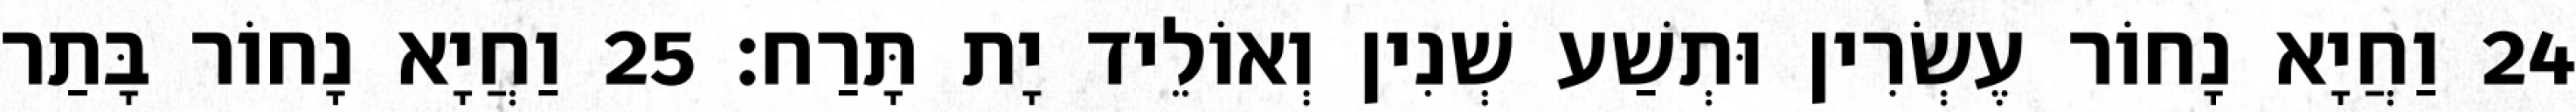
24 וַחֲיָא נָחוֹר עֶשְׂרִין וּתְשַׁע שְׁנִין וְאוֹלֵיד יָת תָּרַח׃ 25 וַחֲיָא נָחוֹר בָּתַר